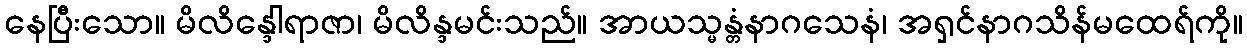
နေပြီးသော။ မိလိန္ဒေါရာဇာ၊ မိလိန္ဒမင်းသည်။ အာယသ္မန္တံနာဂသေနံ၊ အရှင်နာဂသိန်မထေရ်ကို။